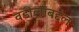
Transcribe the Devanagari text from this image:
वडीलांबद्दल